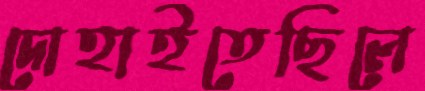
দোহাইতেছিলে